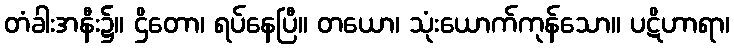
တံခါးအနီး၌။ ဌိတော၊ ရပ်နေပြီ။ တယော၊ သုံးယောက်ကုန်သော။ ပဋိဟာရာ၊